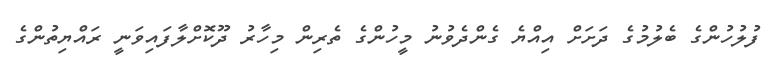
ފުލުހުންގެ ބެލުމުގެ ދަށަށް އިއްޔެ ގެންދެވުނު މީހުންގެ ތެރިން މިހާރު ދޫކޮށްލާފައިވަނީ ރައްޔިތުންގެ